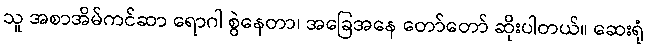
သူ အစာအိမ်ကင်ဆာ ရောဂါ စွဲနေတာ၊ အခြေအနေ တော်တော် ဆိုးပါတယ်။ ဆေးရုံ